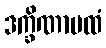
ဒက္ခိဏာပထံ